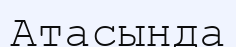
Атасында